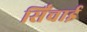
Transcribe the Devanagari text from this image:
सिँचाई